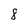
Character: 8